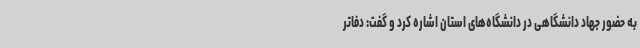
به حضور جهاد دانشگاهی در دانشگاه‌های استان اشاره کرد و گفت: دفاتر